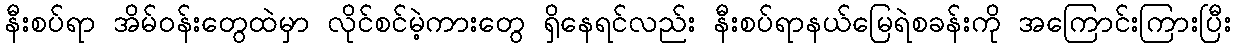
နီးစပ်ရာ အိမ်ဝန်းတွေထဲမှာ လိုင်စင်မဲ့ကားတွေ ရှိနေရင်လည်း နီးစပ်ရာနယ်မြေရဲစခန်းကို အကြောင်းကြားပြီး